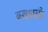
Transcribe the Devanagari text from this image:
बख्शती